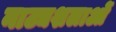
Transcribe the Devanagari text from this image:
नाट्यशलाओं